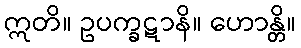
ဣတိ။ ဥပက္ခဋာနိ။ ဟောန္တိ။